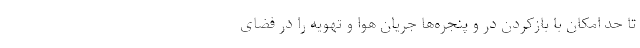
تا حد امکان با بازکردن در و پنجره‌ها جریان هوا و تهویه را در فضای